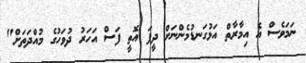
ނަމަވެސް އެ އިމާރާތް އަޅުގަނޑުމެންނަށް ދީފަ އޮތީ ފަސް އަހަރު ދުވަހުގެ މުއްދަތަށް"